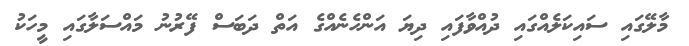
މާލޭގައި ސައިކަލެއްގައި ދުއްވާފައި ދިޔަ އަންހެނެއްގެ އަތް ދަބަސް ފޭރުނު މައްސަލާގައި މީހަކު